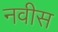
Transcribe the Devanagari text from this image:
नवीस